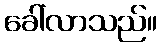
ခေါ်လာသည်။